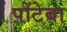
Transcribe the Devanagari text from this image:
पोंटेबा